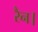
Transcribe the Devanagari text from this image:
रैन।